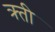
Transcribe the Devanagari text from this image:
क्र्ती